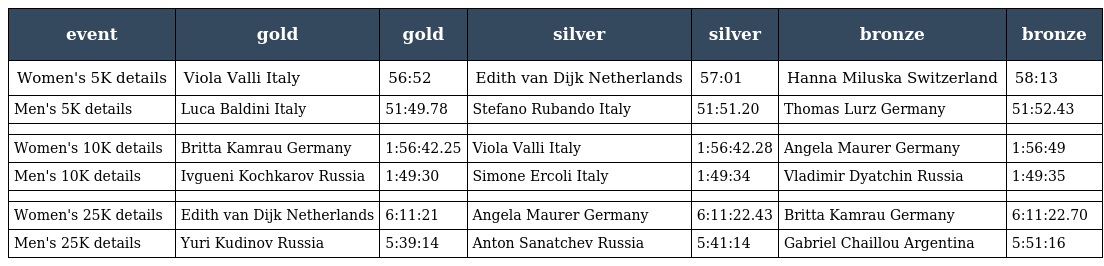
| event | gold | gold | silver | silver | bronze | bronze |
 | --- | --- | --- | --- | --- | --- | --- |
 | Women's 5K details | Viola Valli Italy | 56:52 | Edith van Dijk Netherlands | 57:01 | Hanna Miluska Switzerland | 58:13 |
 | Men's 5K details | Luca Baldini Italy | 51:49.78 | Stefano Rubando Italy | 51:51.20 | Thomas Lurz Germany | 51:52.43 |
 |  |  |  |  |  |  |  |
 | Women's 10K details | Britta Kamrau Germany | 1:56:42.25 | Viola Valli Italy | 1:56:42.28 | Angela Maurer Germany | 1:56:49 |
 | Men's 10K details | Ivgueni Kochkarov Russia | 1:49:30 | Simone Ercoli Italy | 1:49:34 | Vladimir Dyatchin Russia | 1:49:35 |
 |  |  |  |  |  |  |  |
 | Women's 25K details | Edith van Dijk Netherlands | 6:11:21 | Angela Maurer Germany | 6:11:22.43 | Britta Kamrau Germany | 6:11:22.70 |
 | Men's 25K details | Yuri Kudinov Russia | 5:39:14 | Anton Sanatchev Russia | 5:41:14 | Gabriel Chaillou Argentina | 5:51:16 |